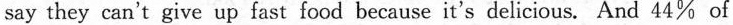
say they can't give up fast food because it's delicious. And 44% of